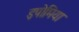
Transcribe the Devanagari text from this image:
इपोमिया